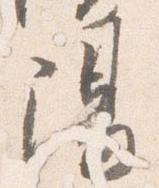
陽